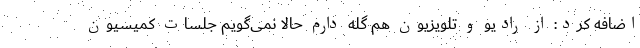
اضافه کرد: از رادیو و تلویزیون هم گله دارم حالا نمی‌گویم جلسات کمیسیون